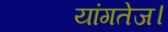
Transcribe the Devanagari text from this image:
यांगतेज।